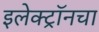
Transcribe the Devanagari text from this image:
इलेक्ट्रॉनचा